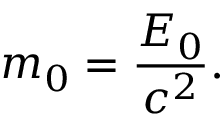
m _ { 0 } = { \frac { E _ { 0 } } { c ^ { 2 } } } .